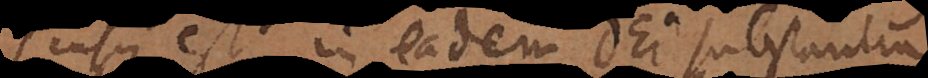
ensus est in eadem Dei substantia